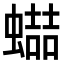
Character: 𧑱